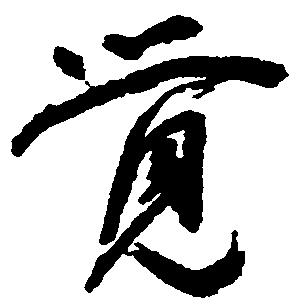
覚